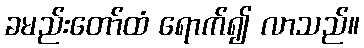
ခမည်းတော်ထံ ရောက်၍ လာသည်။